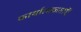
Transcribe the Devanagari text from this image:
कार्यात्मकताऍ